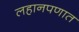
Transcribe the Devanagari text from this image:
लहानपणात